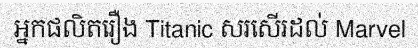
អ្នកផលិតរឿង Titanic សរសើរដល់ Marvel